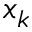
x _ { k }